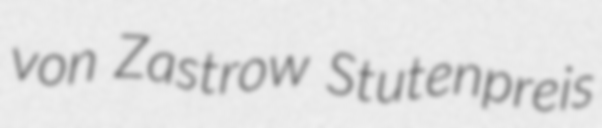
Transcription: von Zastrow Stutenpreis